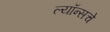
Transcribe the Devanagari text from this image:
ल्यॉन्सचे